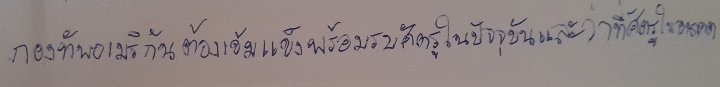
กองทัพอเมริกันต้องเข้มแข็งพร้อมรบศัตรูในปัจจุบันและว่าที่ศัตรูในอนาคต